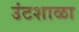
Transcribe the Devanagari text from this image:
उंटशाळा